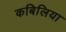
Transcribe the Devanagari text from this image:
कबिलिया